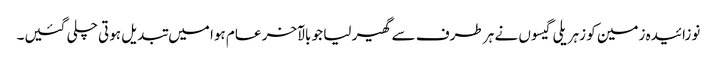
نوزائیدہ زمین کو زہریلی گیسوں نے ہر طرف سے گھیر لیا جو بالآخر عام ہوا میں تبدیل ہوتی چلی گئیں۔